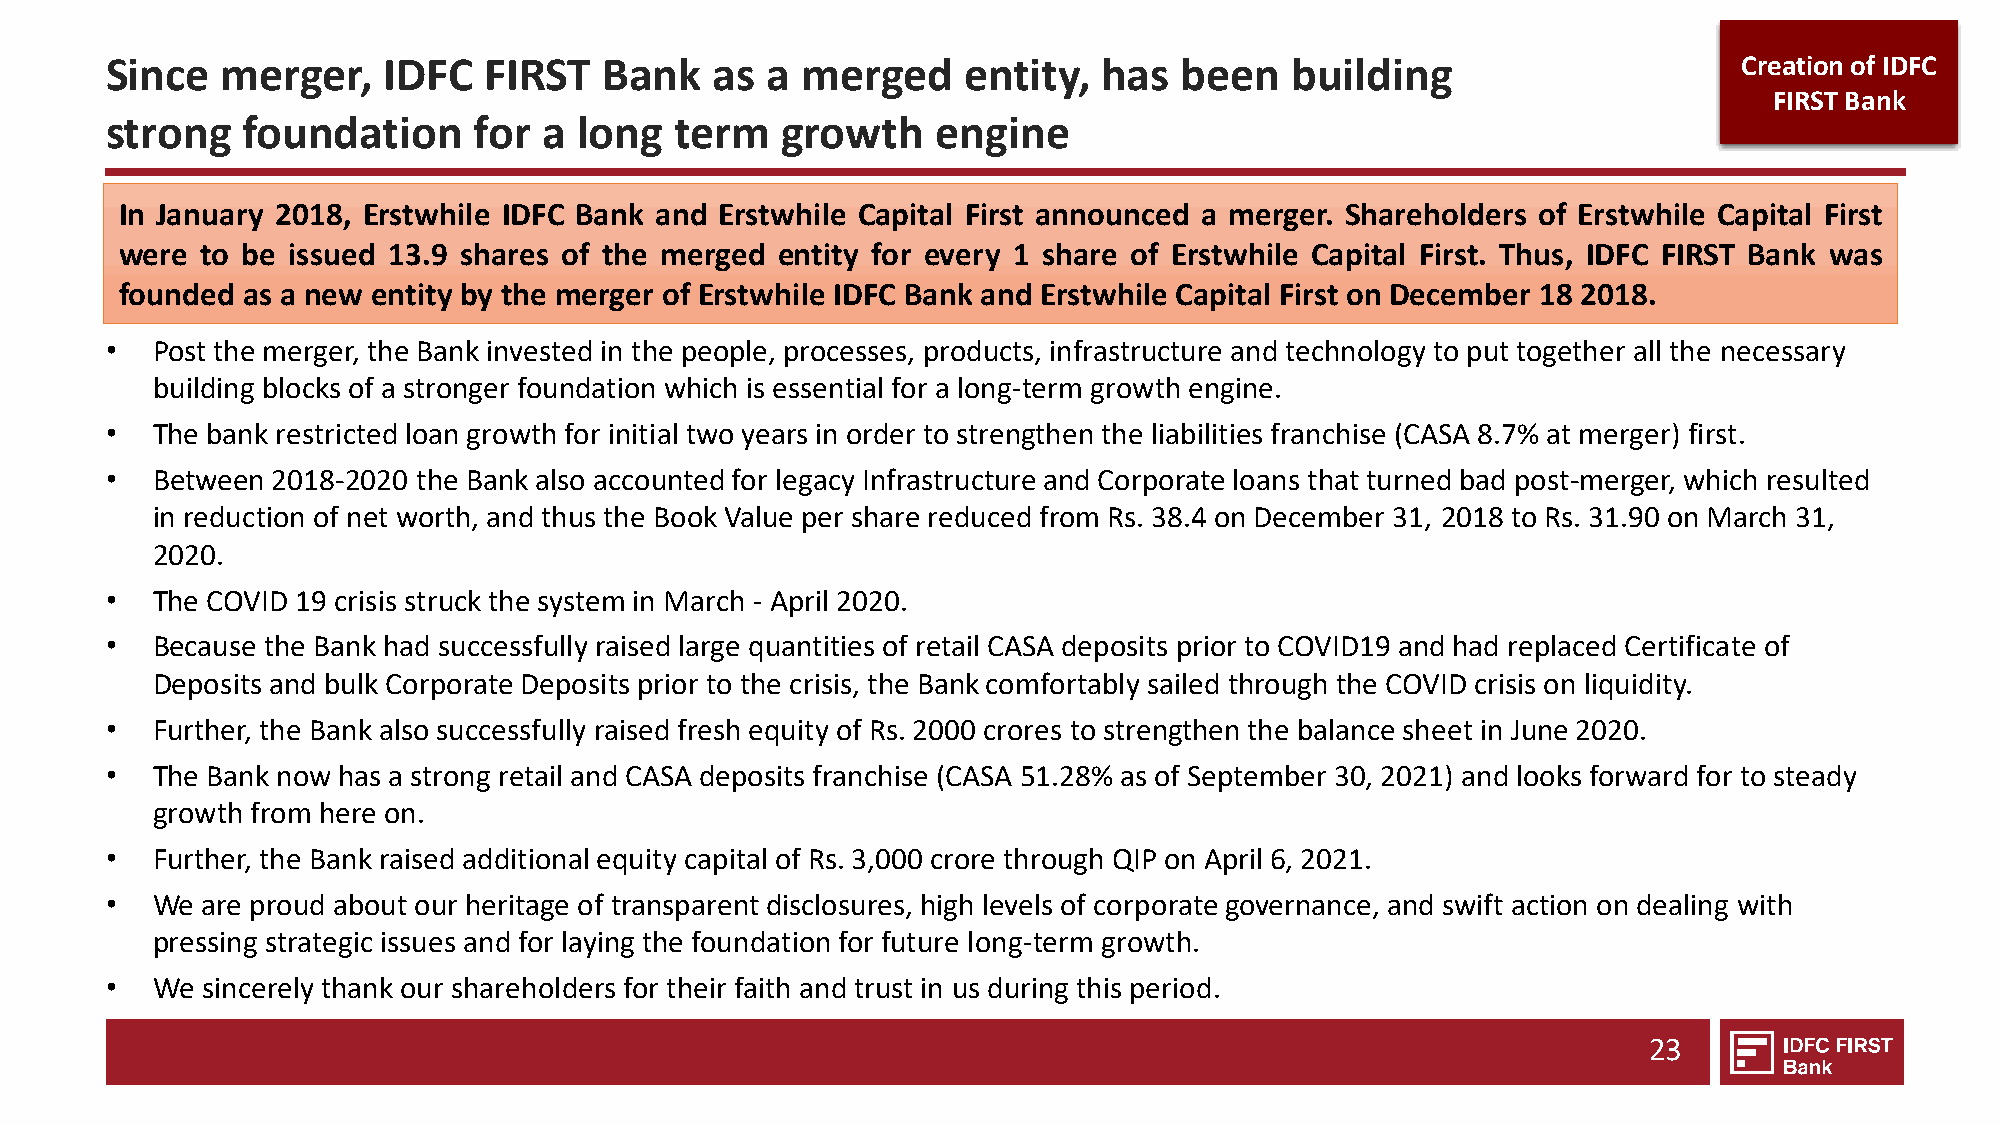
Since   merger,   IDFC   FIRST   Bank   as  a merged     entity,  has  been   building                      Creation of IDFC
 FIRST Bank
 strong   foundation     for  a long   term   growth    engine
 In January 2018, Erstwhile IDFC Bank and Erstwhile Capital First announced a merger. Shareholders of Erstwhile Capital First
 were to be issued 13.9 shares of the merged entity for every 1 share of Erstwhile Capital First. Thus, IDFC FIRST Bank was
 founded as a new entity by the merger of Erstwhile IDFC Bank and Erstwhile Capital First on December 18 2018.
 •  Post the merger, the Bank invested in the people, processes, products, infrastructure and technology to put together all the necessary
 building blocks of a stronger foundation which is essential for a long-term growth engine.
 •  The bank restricted loan growth for initial two years in order to strengthen the liabilities franchise (CASA 8.7% at merger) first.
 •  Between 2018-2020 the Bank also accounted for legacy Infrastructure and Corporate loans that turned bad post-merger, which resulted
 in reduction of net worth, and thus the Book Value per share reduced from Rs. 38.4 on December 31, 2018 to Rs. 31.90 on March 31,
 2020.
 •  The COVID 19 crisis struck the system in March - April 2020.
 •  Because the Bank had successfully raised large quantities of retail CASA deposits prior to COVID19 and had replaced Certificate of
 Deposits and bulk Corporate Deposits prior to the crisis, the Bank comfortably sailed through the COVID crisis on liquidity.
 •  Further, the Bank also successfully raised fresh equity of Rs. 2000 crores to strengthen the balance sheet in June 2020.
 •  The Bank now has a strong retail and CASA deposits franchise (CASA 51.28% as of September 30, 2021) and looks forward for to steady
 growth from here on.
 •  Further, the Bank raised additional equity capital of Rs. 3,000 crore through QIP on April 6, 2021.
 •  We are proud about our heritage of transparent disclosures, high levels of corporate governance, and swift action on dealing with
 pressing strategic issues and for laying the foundation for future long-term growth.
 •  We sincerely thank our shareholders for their faith and trust in us during this period.
 23